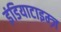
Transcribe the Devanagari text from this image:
इंडियाटाइम्‍ज़